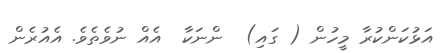
އަޅުކަންކުރާ މީހުން ( ގައި)  ންނަކާ  އެއް ނުވެތެވެ. އެއުރެން